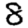
Digit: 8